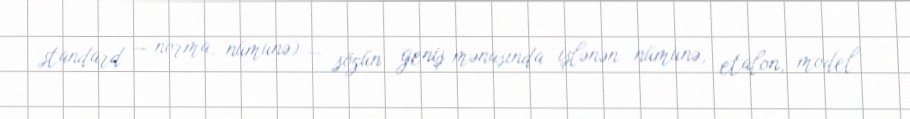
standard — norma, nümunə) — sözün geniş mənasında işlənən nümunə, etalon, model